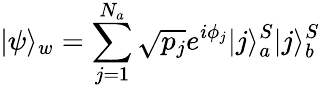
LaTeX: |\psi\rangle_{w}=\sum_{j=1}^{N_{a}}\sqrt{p_{j}}e^{i\phi_{j}}|j\rangle_{a}^{S}|j\rangle_{b}^{S}